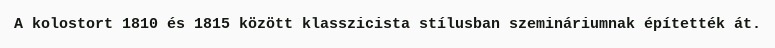
A kolostort 1810 és 1815 között klasszicista stílusban szemináriumnak építették át.